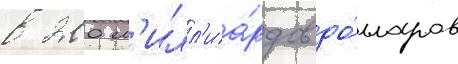
в 200 м'илл'иа́рдов до́лларов